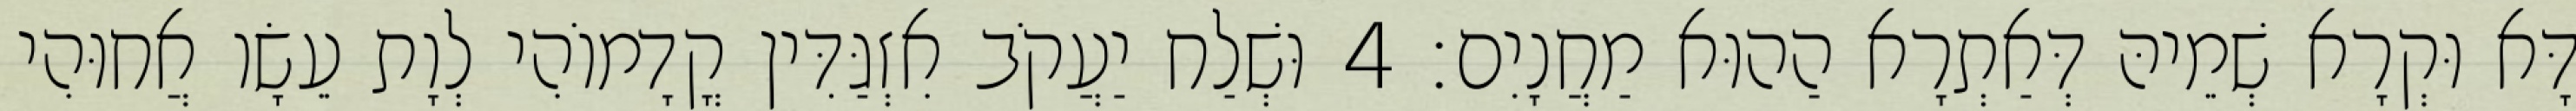
דָּא וּקְרָא שְׁמֵיהּ דְּאַתְרָא הַהוּא מַחֲנָיִם׃ 4 וּשְׁלַח יַעֲקֹב אִזְגַּדִּין קֳדָמוֹהִי לְוָת עֵשָׂו אֲחוּהִי